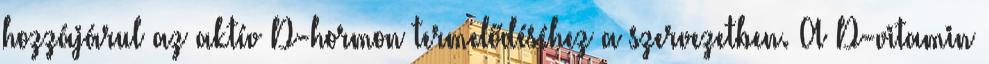
hozzájárul az aktív D-hormon termelődéséhez a szervezetben. A D-vitamin